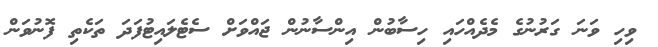
ވިހި ވަނަ ގަރުނުގެ މެދެއްހައި ހިސާބުން އިންސާނުން ޖައްވަށް ސެޓެލައިޓުފަދަ ތަކެތި ފޮނުވަން